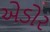
એડોર